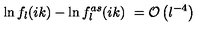
\ln f _ { l } ( i k ) - \ln f _ { l } ^ { a s } ( i k ) \ = { \cal O } \left( l ^ { - 4 } \right)